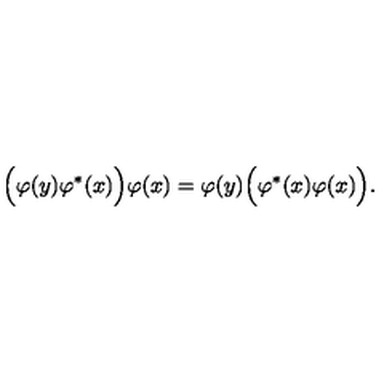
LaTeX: \Bigl ( \varphi ( y ) \varphi ^ { * } ( x ) \Bigl ) \varphi ( x ) = \varphi ( y ) \Bigl ( \varphi ^ { * } ( x ) \varphi ( x ) \Bigl ) .